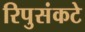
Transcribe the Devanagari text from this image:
रिपुसंकटे